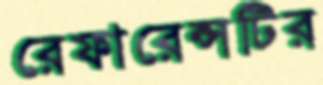
রেফারেন্সটির